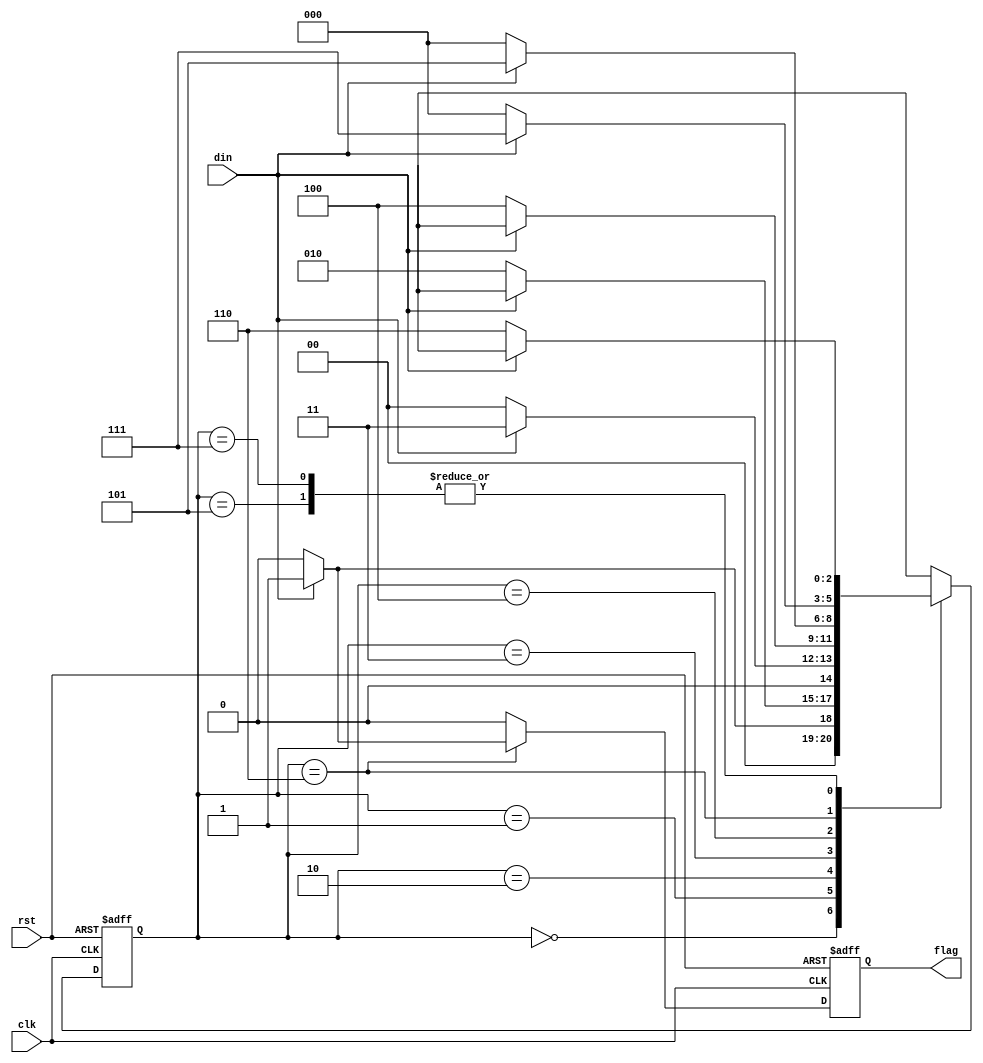


  `timescale 10 ns / 1ns
  
  module mealy(output reg flag, input din, clk, rst);
    
    reg [2:0] current_state;
    reg [2:0] next_state;
    
    
    // state defination
    parameter A = 3'b000;
    parameter B = 3'b001;
    parameter C = 3'b010;
    parameter D = 3'b011;
    parameter E = 3'b100;
    parameter F = 3'b101;
    parameter G = 3'b110;
    parameter H = 3'b111;
    parameter X = 3'bxxx;
    
    always @(negedge clk or posedge rst)
    begin
      if (rst)
        current_state <= X;
      else
        current_state <= next_state;
    end
    
    always @(*) 
    begin
	   case (current_state)
		   A: next_state = din ? B : A;
		   B: next_state = din ? X : C;
		   C: next_state = din ? D : A;
		   D: next_state = din ? X : E;
		   E: next_state = din ? F : A;
		   F: next_state = din ? X : G;
	 	   G: next_state = din ? H : A;
	 	   H: next_state = din ? X : G;
		   default: next_state = din ? X : A;
	   endcase
    end
    
    always @(posedge clk or posedge rst) 
    begin
     if (rst)
		   flag = 1'b0;
	   else 
	     begin
	       case (current_state)
	         G: flag = din ? 1'b1 : 1'b0;
	         default: flag = 1'b0;
	       endcase
	     end
	  end
    
  endmodule